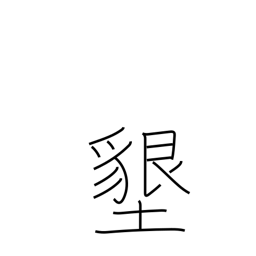
Meaning: ground-breaking